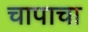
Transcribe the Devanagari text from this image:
चापाचा